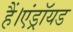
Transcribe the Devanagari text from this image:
हैं।एंड्रॉयड